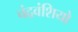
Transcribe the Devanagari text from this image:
चंद्रवंशियो